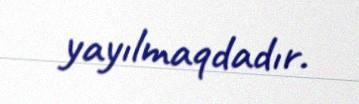
yayılmaqdadır.